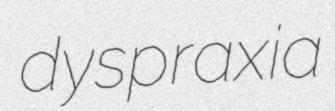
dyspraxia